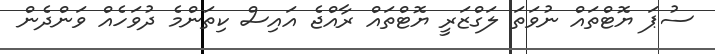
ސުޕަ ޔޮޓްތައް ނުވަތަ ލަގްޒަރީ ޔޮޓްތައް ރާއްޖެ އައިސް ކިތަންމެ ދުވަހެއް ވަންދެން